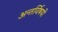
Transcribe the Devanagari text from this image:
अन्तर्विषयी